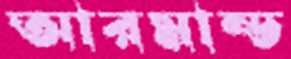
আরমান্ড